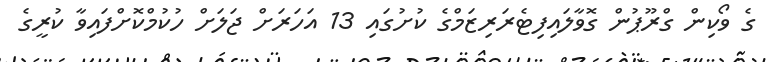
ގެ ވޯކިން ގްރޫޕުން ގޮވާލައިފިޓެރަރިޒަމްގެ ކުށުގައި 13 އަހަރަށް ޖަލަށް ހުކުމްކޮށްފައިވާ ކުރީގެ